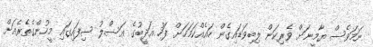
ނަމަވެސް ޔާމީނަށް ވެރިކަން ލިބިވަޑައިގެން ހައެއްކަމަހަށް ފަހު އަދީބުގެ އަސްލު ސިފައިގައި މީހުންގެތެރެއަށް